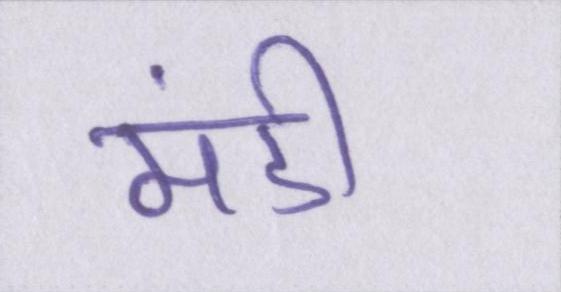
मंडी